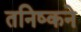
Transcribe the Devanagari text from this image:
तनिष्कने